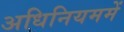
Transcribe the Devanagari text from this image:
अधिनियममें